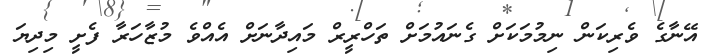
އޭނާގެ ވެރިކަން ނިމުމަކަށް ގެނައުމަށް ތަހްރީރް މައިދާނަށް އެއްވެ މުޒާހަރާ ފެށީ މިދިޔަ